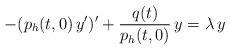
LaTeX: \begin{align*}- (p_h(t,0)\, y^{\prime})^{\prime} + \frac{q(t)}{p_h(t,0)}\, y = \lambda\, y \end{align*}